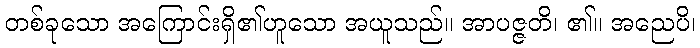
တစ်ခုသော အကြောင်းရှိ၏ဟူသော အယူသည်။ အာပဇ္ဇတိ၊ ၏။ အညေပိ၊